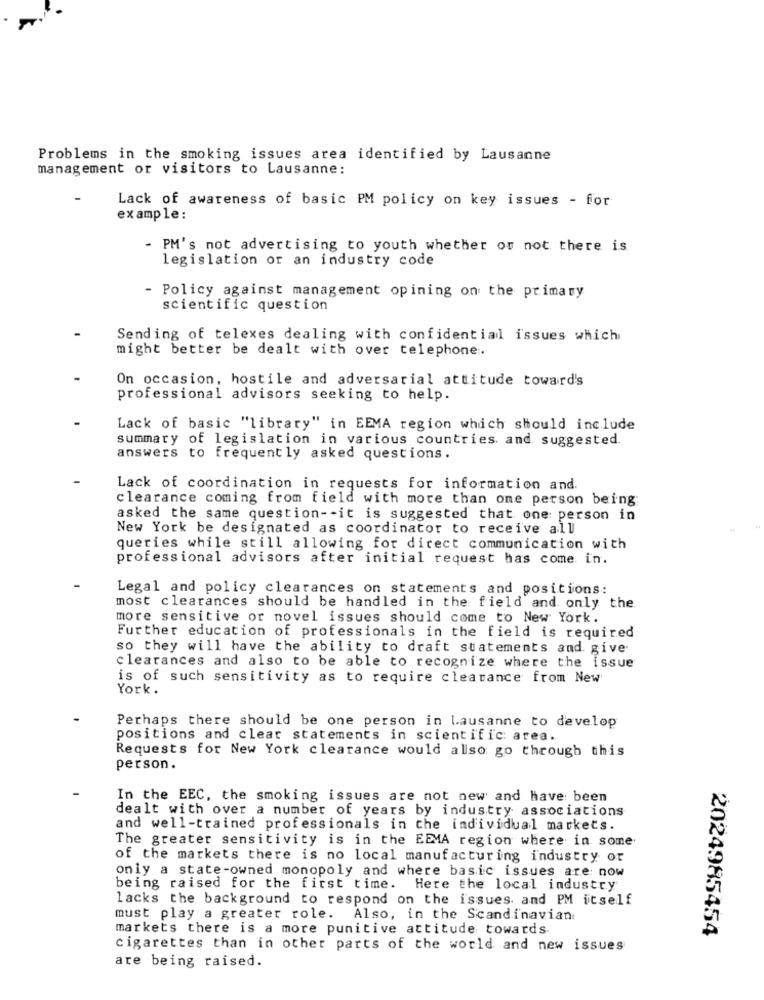
Problems in the smoking issues area identified by Lausanne
management or visitors to Lausanne:
Lack of awareness of basic PM policy on key issues - for
example:
- PM's not advertising to youth whether or not there is
legislation or an industry code
- Policy against management opining on the primary
scientific question
Sending of telexes dealing with confidential issues which
might better be dealt with over telephone :.
On occasion, hostile and adversarial attitude toward's
professional advisors seeking to help.
Lack of basic "library" in EEMA region which should include
summary of legislation in various countries. and suggested.
answers to frequently asked questions.
Lack of coordination in requests for information and.
clearance coming from field with more than one person being
asked the same question -- it is suggested that one person in
New York be designated as coordinator to receive all
queries while still allowing for direct communication with
professional advisors after initial request has come in.
Legal and policy clearances on statements and positions:
most clearances should be handled in the field and only the
more sensitive or novel issues should come to New York.
Further education of professionals in the field is required
so they will have the ability to draft statements and give
clearances and also to be able to recognize where the issue
is of such sensitivity as to require clearance from New
York.
Perhaps there should be one person in Lausanne to develop
positions and clear statements in scientific area.
Requests for New York clearance would also go through this
person.
In the EEC, the smoking issues are not new and have been
dealt with over a number of years by industry associations
and well-trained professionals in the individual markets.
The greater sensitivity is in the EEMA region where in some
of the markets there is no local manufacturing industry or
only a state-owned monopoly and where basic issues are: now
being raised for the first time. Here the local industry
lacks the background to respond on the issues and PM itself
must play a greater role. Also, in the Scandinavian
markets there is a more punitive attitude towards.
2024985454
cigarettes than in other parts of the world and new issues
are being raised.